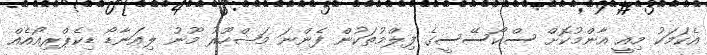
އެކަމަކު މިއީ އާންމުކޮށް ސްކޯސޭސީގެ ފިލްމުތަކުން ފެންނަ މަޝްހޫރު މޫނު ލިއަނާޑޯ ޑިކެޕްރިއޯއެއް